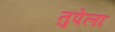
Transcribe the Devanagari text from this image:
तुपेला